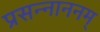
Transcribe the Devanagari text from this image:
प्रसन्नाननम्